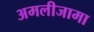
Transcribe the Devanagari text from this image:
अमलीजामा